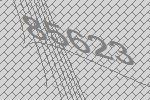
85623